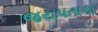
જયપતાકા